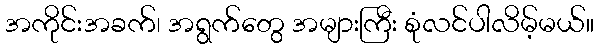
အကိုင်းအခက်၊ အရွက်တွေ အများကြီး စုံလင်ပါလိမ့်မယ်။